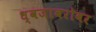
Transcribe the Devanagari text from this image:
ध्वजाबरोबर